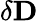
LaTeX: \delta{\mathbf D}